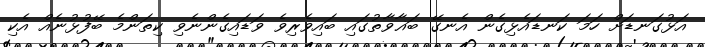
އަޅުގަނޑަށް ހަމަ ކަނޑައެޅިގެން އެނގޭ ބަޣާވާތުގައި ބައިވެރިވެ ވަޑައިގެންނެވި ކިތަންމެ ބޭފުޅުނެއް އެކި